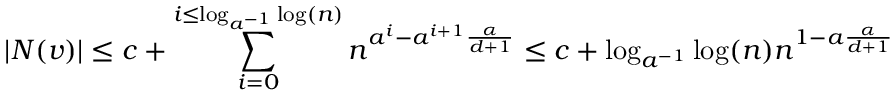
| N ( v ) | \leq c + \sum _ { i = 0 } ^ { i \leq \log _ { a ^ { - 1 } } \log ( n ) } n ^ { a ^ { i } - a ^ { i + 1 } \frac { \alpha } { d + 1 } } \leq c + \log _ { a ^ { - 1 } } \log ( n ) n ^ { 1 - a \frac { \alpha } { d + 1 } }